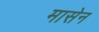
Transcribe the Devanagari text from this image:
मासेन